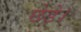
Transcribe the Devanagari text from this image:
छेड़े।